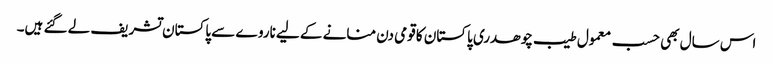
اس سال بھی حسب معمول طیب چوھدری پاکستان کا قومی دن منانے کے لیے ناروے سے پاکستان تشریف لے گئے ہیں۔